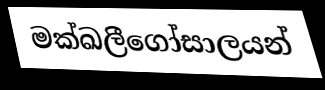
මක්ඛලීගෝසාලයන්